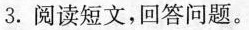
3.阅读短文，回答问题。